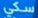
سكي